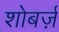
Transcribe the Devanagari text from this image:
शोबर्ज़